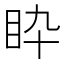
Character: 𥄌